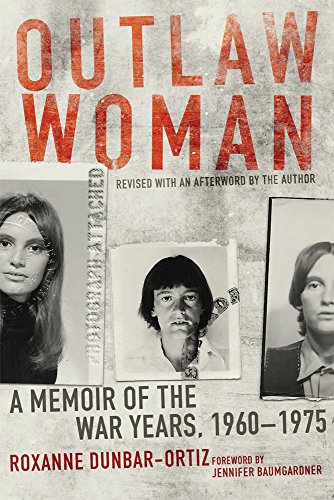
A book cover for Outlaw Woman: A Memoir of the War Years, 1960EE1975, Revised Edition; Roxanne Dunbar-Ortiz; Biographies & Memoirs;